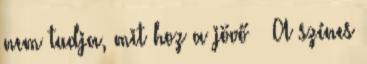
nem tudja, mit hoz a jövő » A színes